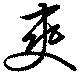
爽